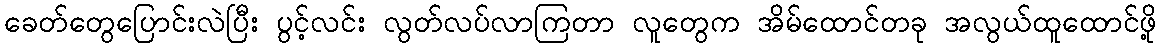
ခေတ်တွေပြောင်းလဲပြီး ပွင့်လင်း လွတ်လပ်လာကြတာ လူတွေက အိမ်ထောင်တခု အလွယ်ထူထောင်ဖို့